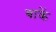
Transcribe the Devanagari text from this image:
बाकें